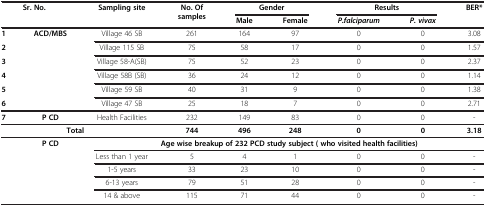
| <ROWSPAN=2> Sr. No. | <ROWSPAN=2>  | <ROWSPAN=2> Sampling site | <ROWSPAN=2> No. Of samples | <COLSPAN=2> Gender | <COLSPAN=2> Results | BER* |
 | Male | Female | P.falciparum | P. vivax |  |
 | --- | --- | --- | --- | --- | --- | --- | --- | --- |
 | 1 | <ROWSPAN=6> ACD/MBS | Village 46 SB | 261 | 164 | 97 | 0 | 0 | 3.08 |
 | 2 | Village 115 SB | 75 | 58 | 17 | 0 | 0 | 1.57 |
 | 3 | Village 58-A(SB) | 75 | 52 | 23 | 0 | 0 | 2.37 |
 | 4 | Village 58B (SB) | 36 | 24 | 12 | 0 | 0 | 1.14 |
 | 5 | Village 59 SB | 40 | 31 | 9 | 0 | 0 | 1.38 |
 | 6 | Village 47 SB | 25 | 18 | 7 | 0 | 0 | 2.71 |
 | 7 | P CD | Health Facilities | 232 | 149 | 83 | 0 | 0 | - |
 | <COLSPAN=3> Total | 744 | 496 | 248 | 0 | 0 | 3.18 |
 | <ROWSPAN=5>  | <ROWSPAN=5> P CD | <COLSPAN=7> Age wise breakup of 232 PCD study subject ( who visited health facilities) |
 | Less than 1 year | 5 | 4 | 1 | 0 | 0 | - |
 | 1-5 years | 33 | 23 | 10 | 0 | 0 | - |
 | 6-13 years | 79 | 51 | 28 | 0 | 0 | - |
 | 14 & above | 115 | 71 | 44 | 0 | 0 | - |